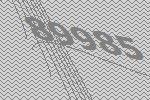
89985